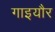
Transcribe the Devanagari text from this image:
गाइयौर